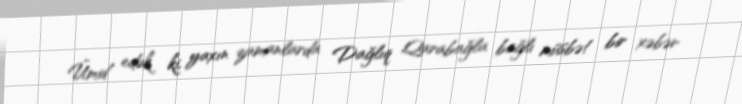
Ümid edək ki, yaxın zamanlarda Dağlıq Qarabağla bağlı müsbət bir xəbər